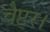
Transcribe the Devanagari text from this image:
चैप्टर।